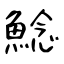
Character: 鯰